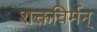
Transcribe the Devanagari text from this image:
शक्तविर्मन्